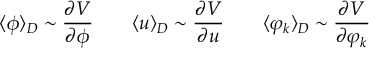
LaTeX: \langle \phi \rangle _ { D } \sim \frac { \partial V } { \partial \phi } \qquad \langle u \rangle _ { D } \sim \frac { \partial V } { \partial u } \qquad \langle \varphi _ { k } \rangle _ { D } \sim \frac { \partial V } { \partial \varphi _ { k } }